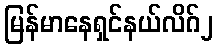
မြန်မာနေရှင်နယ်လိဂ်၂